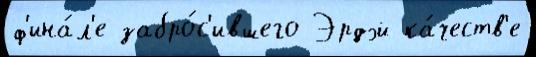
ф'ина́л'е забро́с'ившего Эрдэй ка́честв'е